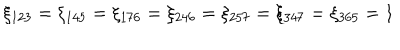
\xi _ { 1 2 3 } = \xi _ { 1 4 5 } = \xi _ { 1 7 6 } = \xi _ { 2 4 6 } = \xi _ { 2 5 7 } = \xi _ { 3 4 7 } = \xi _ { 3 6 5 } = 1